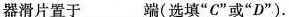
器滑片置于___端(选填”C”或”D”).